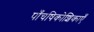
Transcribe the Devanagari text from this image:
पाँचषिकोशिकाएँ